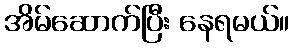
အိမ်ဆောက်ပြီး နေရမယ်။